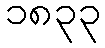
၁၈၃၃